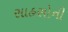
સાહસોની